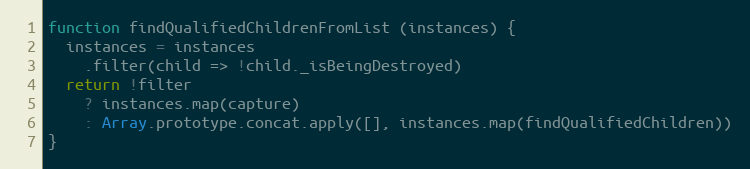
Language: JavaScript
function findQualifiedChildrenFromList (instances) {
  instances = instances
    .filter(child => !child._isBeingDestroyed)
  return !filter
    ? instances.map(capture)
    : Array.prototype.concat.apply([], instances.map(findQualifiedChildren))
}